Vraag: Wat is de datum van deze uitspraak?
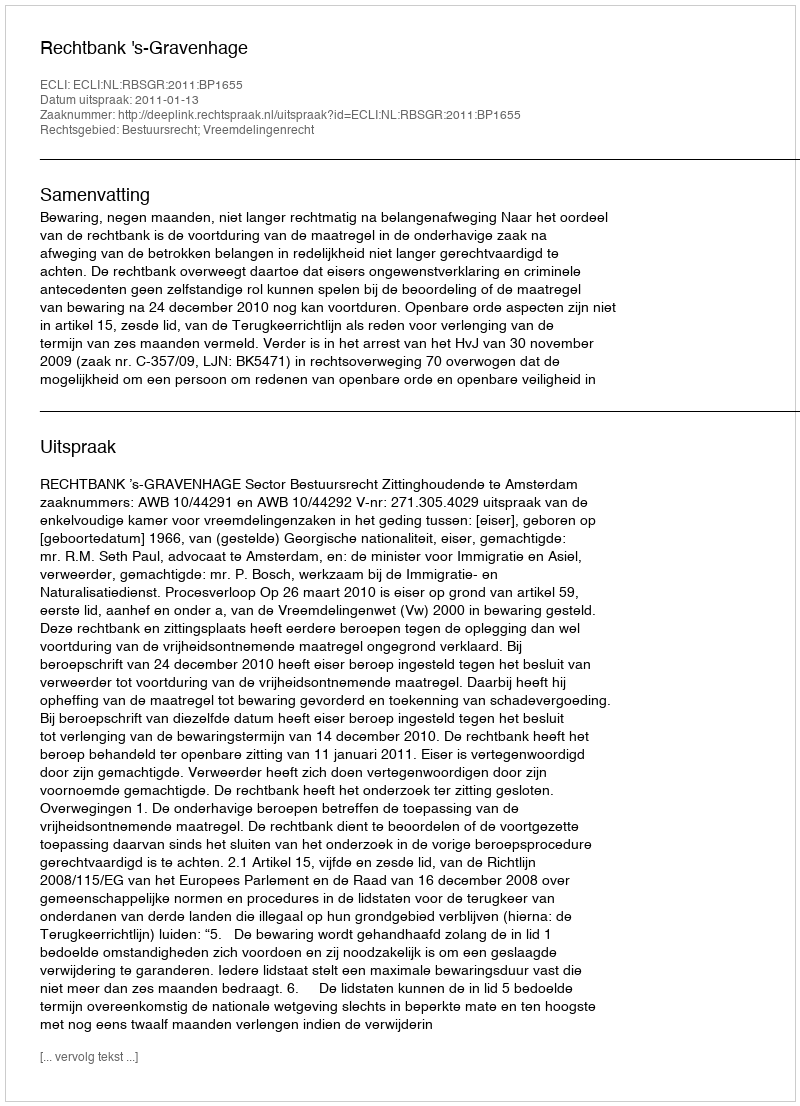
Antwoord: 2011-01-13